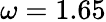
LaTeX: \omega=1.65